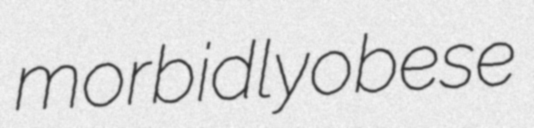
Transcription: morbidly obese